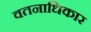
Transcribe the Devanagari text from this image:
वतनाधिकार